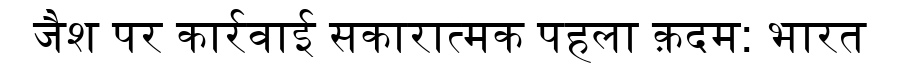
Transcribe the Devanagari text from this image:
जैश पर कार्रवाई सकारात्मक पहला क़दम: भारत